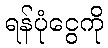
ရန်ပုံငွေကို